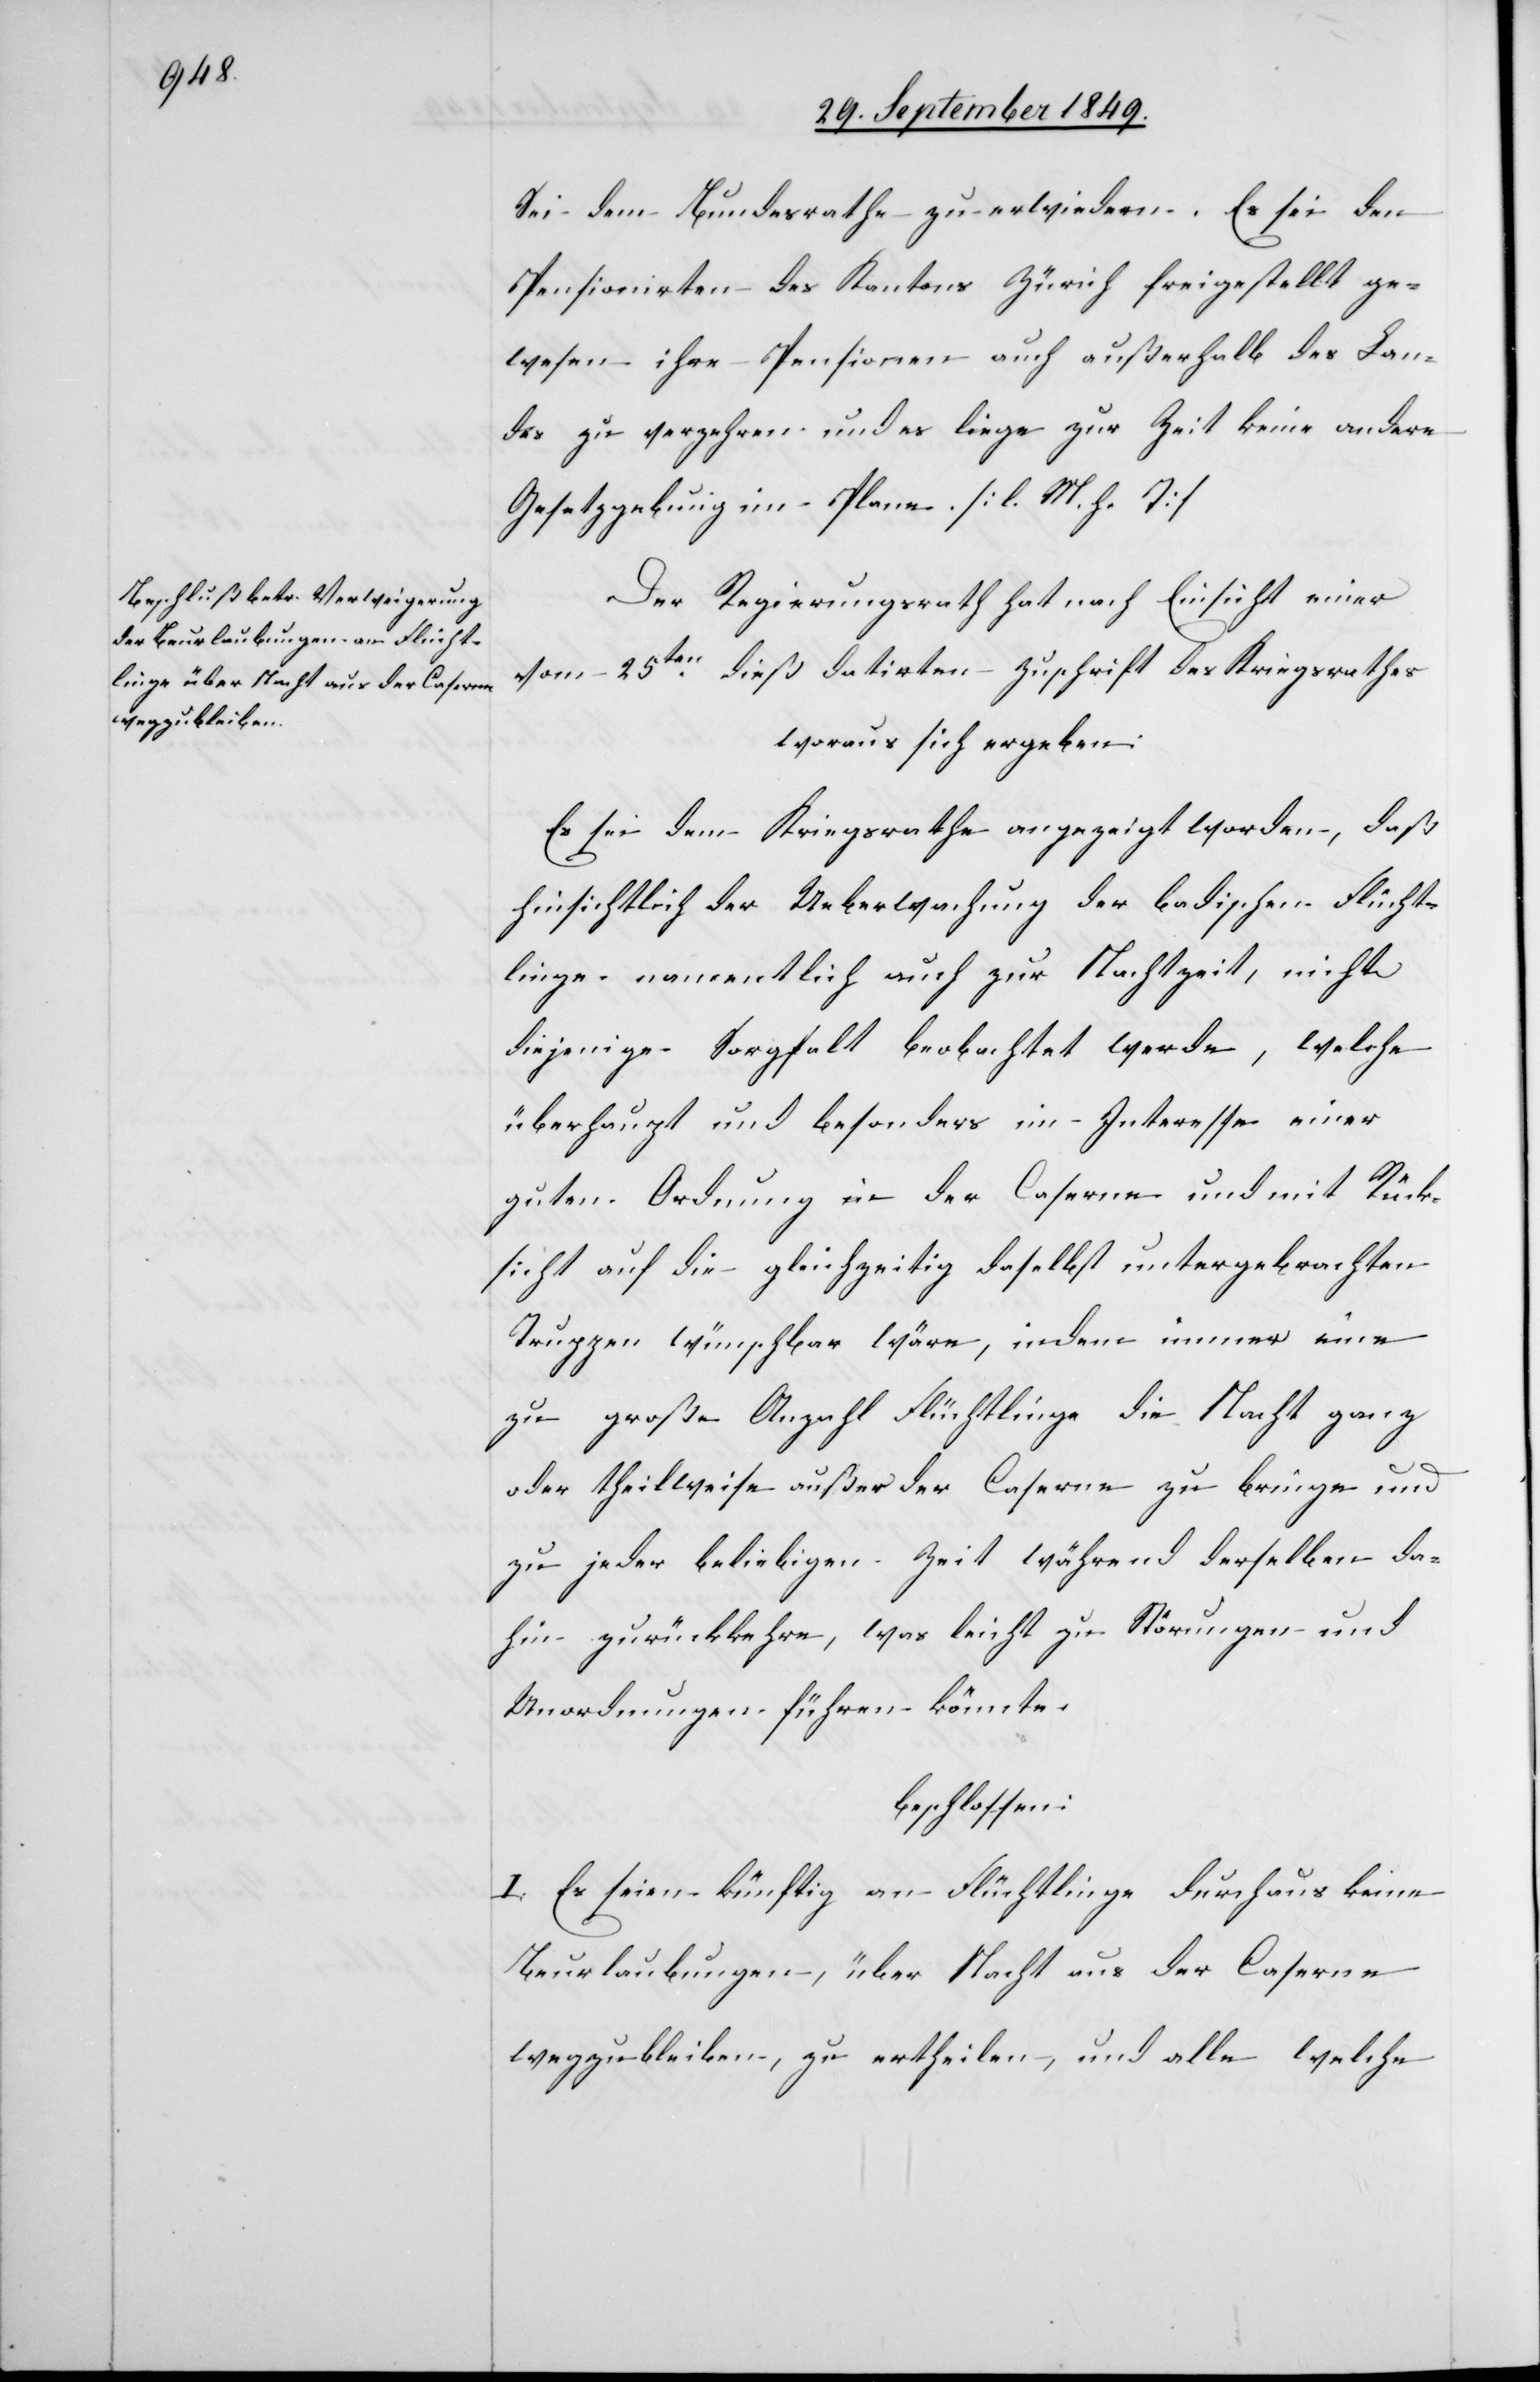
Sei dem Bundesrathe zu erwiedern. Es sei den
Pensionirten des Kantons Zürich freigestellt ge¬
wesen ihre Pensionen auf außerhalb des Lan¬
des zu verzehren und es liege zur Zeit keine andere
Gesetzgebung im Plane. [l. M. h. T]
Der Regierungsrath hat nach Einsicht einer
vom 25ten dieß datirten Zuschrift des Kriegsrathes
woraus sich ergeben:
Es sei dem Kriegsrathe angezeigt worden, daß
hinsichtlich der Ueberwachung der badischen Flücht¬
linge namentlich auch zur Nachtzeit, nicht
diejenige Sorgfalt beobachtet werde, welche
überhaupt und besonders im Interesse einer
guten Ordnung in der Caserne und mit Rück¬
sicht auf die gleichzeitig daselbst untergebrachten
Truppen wünschbar wäre, indem immer eine
zu große Anzahl Flüchtlinge die Nacht ganz
oder theilweise außer der Caserne zu bringe und
zu jeder beliebigen Zeit während derselben da¬
hin zurückkehre, was leicht zu Störungen und
Unordnungen führen könnte.
beschlossen:
I. Es seien künftig an Flüchtlinge durchaus keine
Beurlaubungen, über Nacht aus der Caserne
wegzubleiben, zu ertheilen, und alle welche